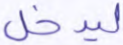
ليدخل